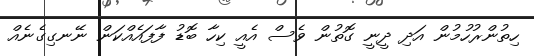
ހިތުންރުހުމުން އަދި ދީނީ ގޮތުން ވެސް އެއީ ކިހާ ބޮޑު ފާފައެއްކަން ނޭނގިގެނެއް